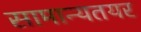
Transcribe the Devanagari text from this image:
सामान्यतयर